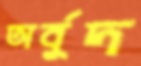
অর্বুদ